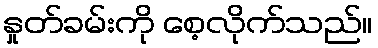
နှုတ်ခမ်းကို စေ့လိုက်သည်။